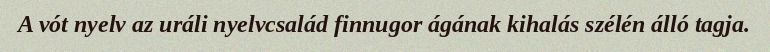
A vót nyelv az uráli nyelvcsalád finnugor ágának kihalás szélén álló tagja.